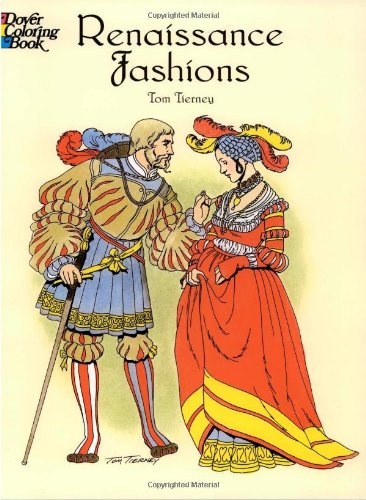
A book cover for Renaissance Fashions (Dover Fashion Coloring Book); Tom Tierney; Teen & Young Adult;